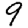
Digit: 9